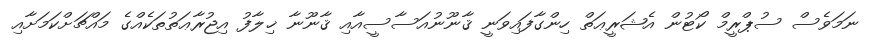
ނަމަވެސް ސުޕްރީމް ކޯޓުން އެޝަރީޢަތް ހިންގާފައިވަނީ ޤާނޫނުއަސާސީއާއި ޤާނޫނާ ޚިލާފު އިޖުރާޢަތުތަކެއްގެ މައްޗަށްކަމަށާއި